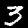
Digit: 3